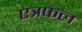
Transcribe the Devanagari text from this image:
एत्रफल